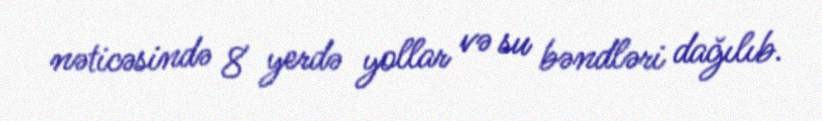
nəticəsində 8 yerdə yollar və su bəndləri dağılıb.